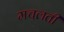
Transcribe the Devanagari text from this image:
मचलती